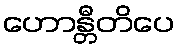
ဟောန္တီတိပေ